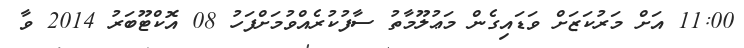
11:00 އަށް މަރުކަޒަށް ވަޑައިގެން މަޢުލޫމާތު ސާފުކުރެއްވުމަށްފަހު 08 އޮކްޓޫބަރު 2014 ވާ